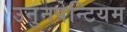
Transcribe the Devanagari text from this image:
उनुनपेन्टियम